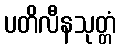
ပတိလီနသုတ္တံ